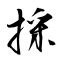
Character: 採